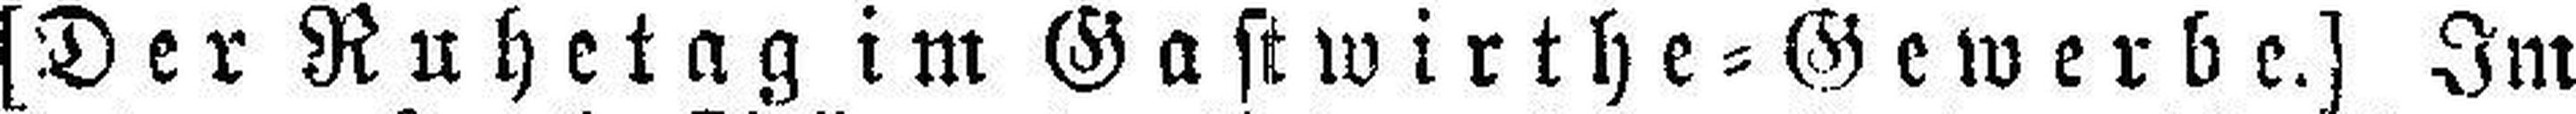
[Der Ruhetag im Gastwirthe=Gewerbe.] Im